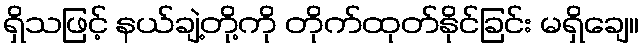
ရှိသဖြင့် နယ်ချဲ့တို့ကို တိုက်ထုတ်နိုင်ခြင်း မရှိချေ။